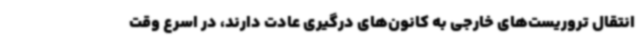
انتقال تروریست‌های خارجی به کانون‌های درگیری عادت دارند، در اسرع وقت